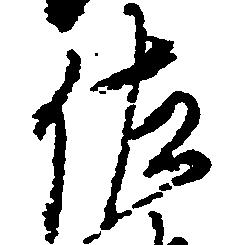
佐